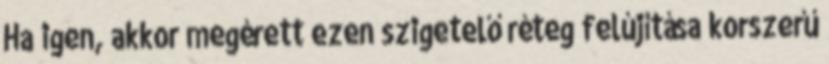
Ha igen, akkor megérett ezen szigetelő réteg felújítása korszerű